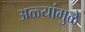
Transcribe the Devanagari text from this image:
अळ्यांमुळे